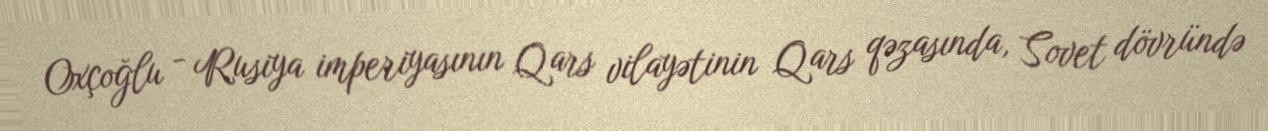
Oxçoğlu - Rusiya imperiyasının Qars vilayətinin Qars qəzasında, Sovet dövründə